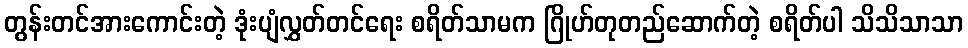
တွန်းတင်အားကောင်းတဲ့ ဒုံးပျံလွှတ်တင်ရေး စရိတ်သာမက ဂြိုဟ်တုတည်ဆောက်တဲ့ စရိတ်ပါ သိသိသာသာ